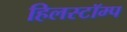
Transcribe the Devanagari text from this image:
हिलस्टॉम्प